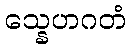
သ္နေဟဂတံ